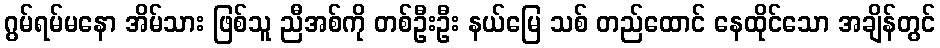
ဂွမ်ရမ်မနော အိမ်သား ဖြစ်သူ ညီအစ်ကို တစ်ဦးဦး နယ်မြေ သစ် တည်ထောင် နေထိုင်သော အချိန်တွင်